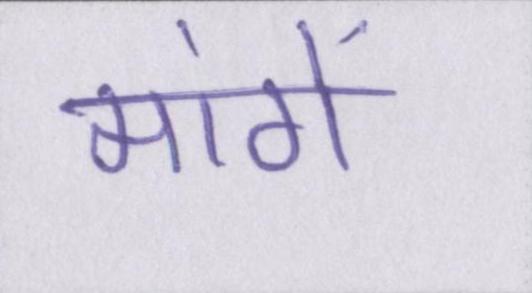
मांगें